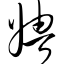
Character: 娉